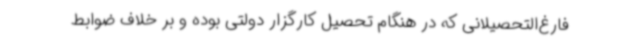
فارغ‌التحصیلانی که در هنگام تحصیل کارگزار دولتی بوده و بر خلاف ضوابط